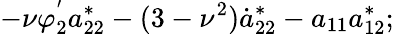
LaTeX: -\nu\varphi_{2}^{'}a_{22}^{*}-(3-\nu^{2})\dot{a}_{22}^{*}-a_{11}a_{12}^{*};